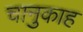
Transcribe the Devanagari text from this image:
चानुकाह